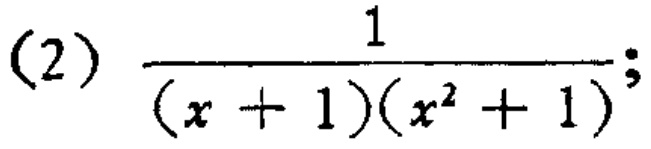
\((2)\frac{1}{(x + 1)(x^{2}+ 1)};\)